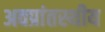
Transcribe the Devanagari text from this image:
अवप्रांतस्थीय